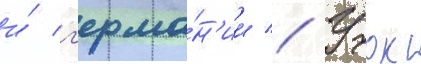
и́ г'ерма́н'ии // Учок